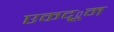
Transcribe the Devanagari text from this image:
एकद्ूम